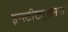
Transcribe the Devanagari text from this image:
इन्स्टीट्यूशनल